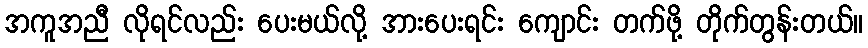
အကူအညီ လိုရင်လည်း ပေးမယ်လို့ အားပေးရင်း ကျောင်း တက်ဖို့ တိုက်တွန်းတယ်။